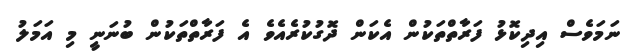
ނަމަވެސް އިދިކޮޅު ފަރާތްތަކުން އެކަން ދޮގުކުރެއެވެ އެ ފަރާތްތަކުން ބުނަނީ މި އަމަލު